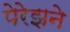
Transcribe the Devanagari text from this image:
पेरेझने